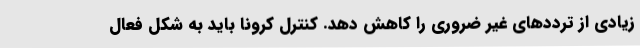
زیادی از ترددهای غیر ضروری را کاهش دهد. کنترل کرونا باید به شکل فعال